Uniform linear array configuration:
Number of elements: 8
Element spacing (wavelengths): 0.25
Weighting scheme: kaiser
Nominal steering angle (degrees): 60
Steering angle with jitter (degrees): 60.614
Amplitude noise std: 0.05
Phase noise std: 0.05

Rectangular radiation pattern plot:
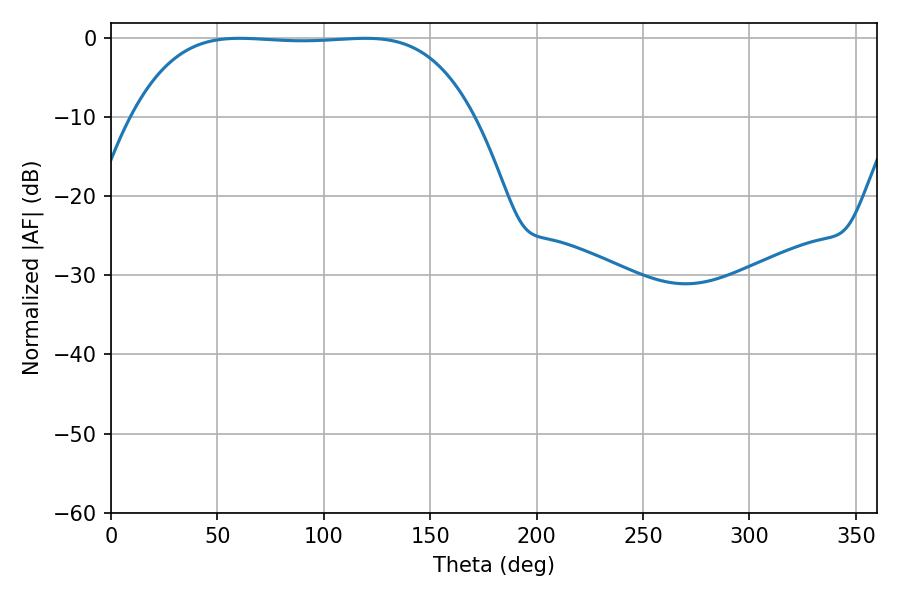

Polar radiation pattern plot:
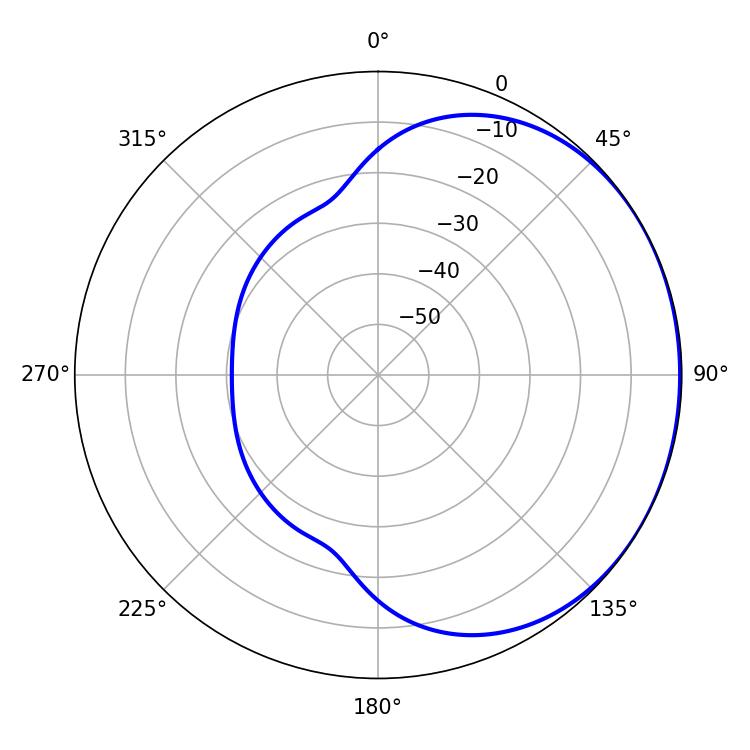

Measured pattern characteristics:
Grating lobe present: FALSE
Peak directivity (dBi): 0.7467
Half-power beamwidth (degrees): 124.2
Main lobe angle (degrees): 60.48